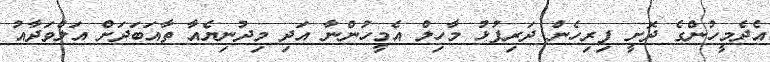
އެދެމީހުންގެ ދޮށީ ފިރިހެން ދަރިފުޅު މާހިލް އެމީހުންނާ އަދި މިދުނިޔެއާ ތާއަބަދަށް އަލްވަދާއު